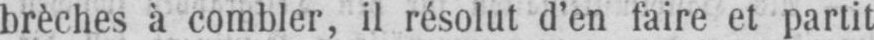
brèches à combler, il résolut d’en faire et partit